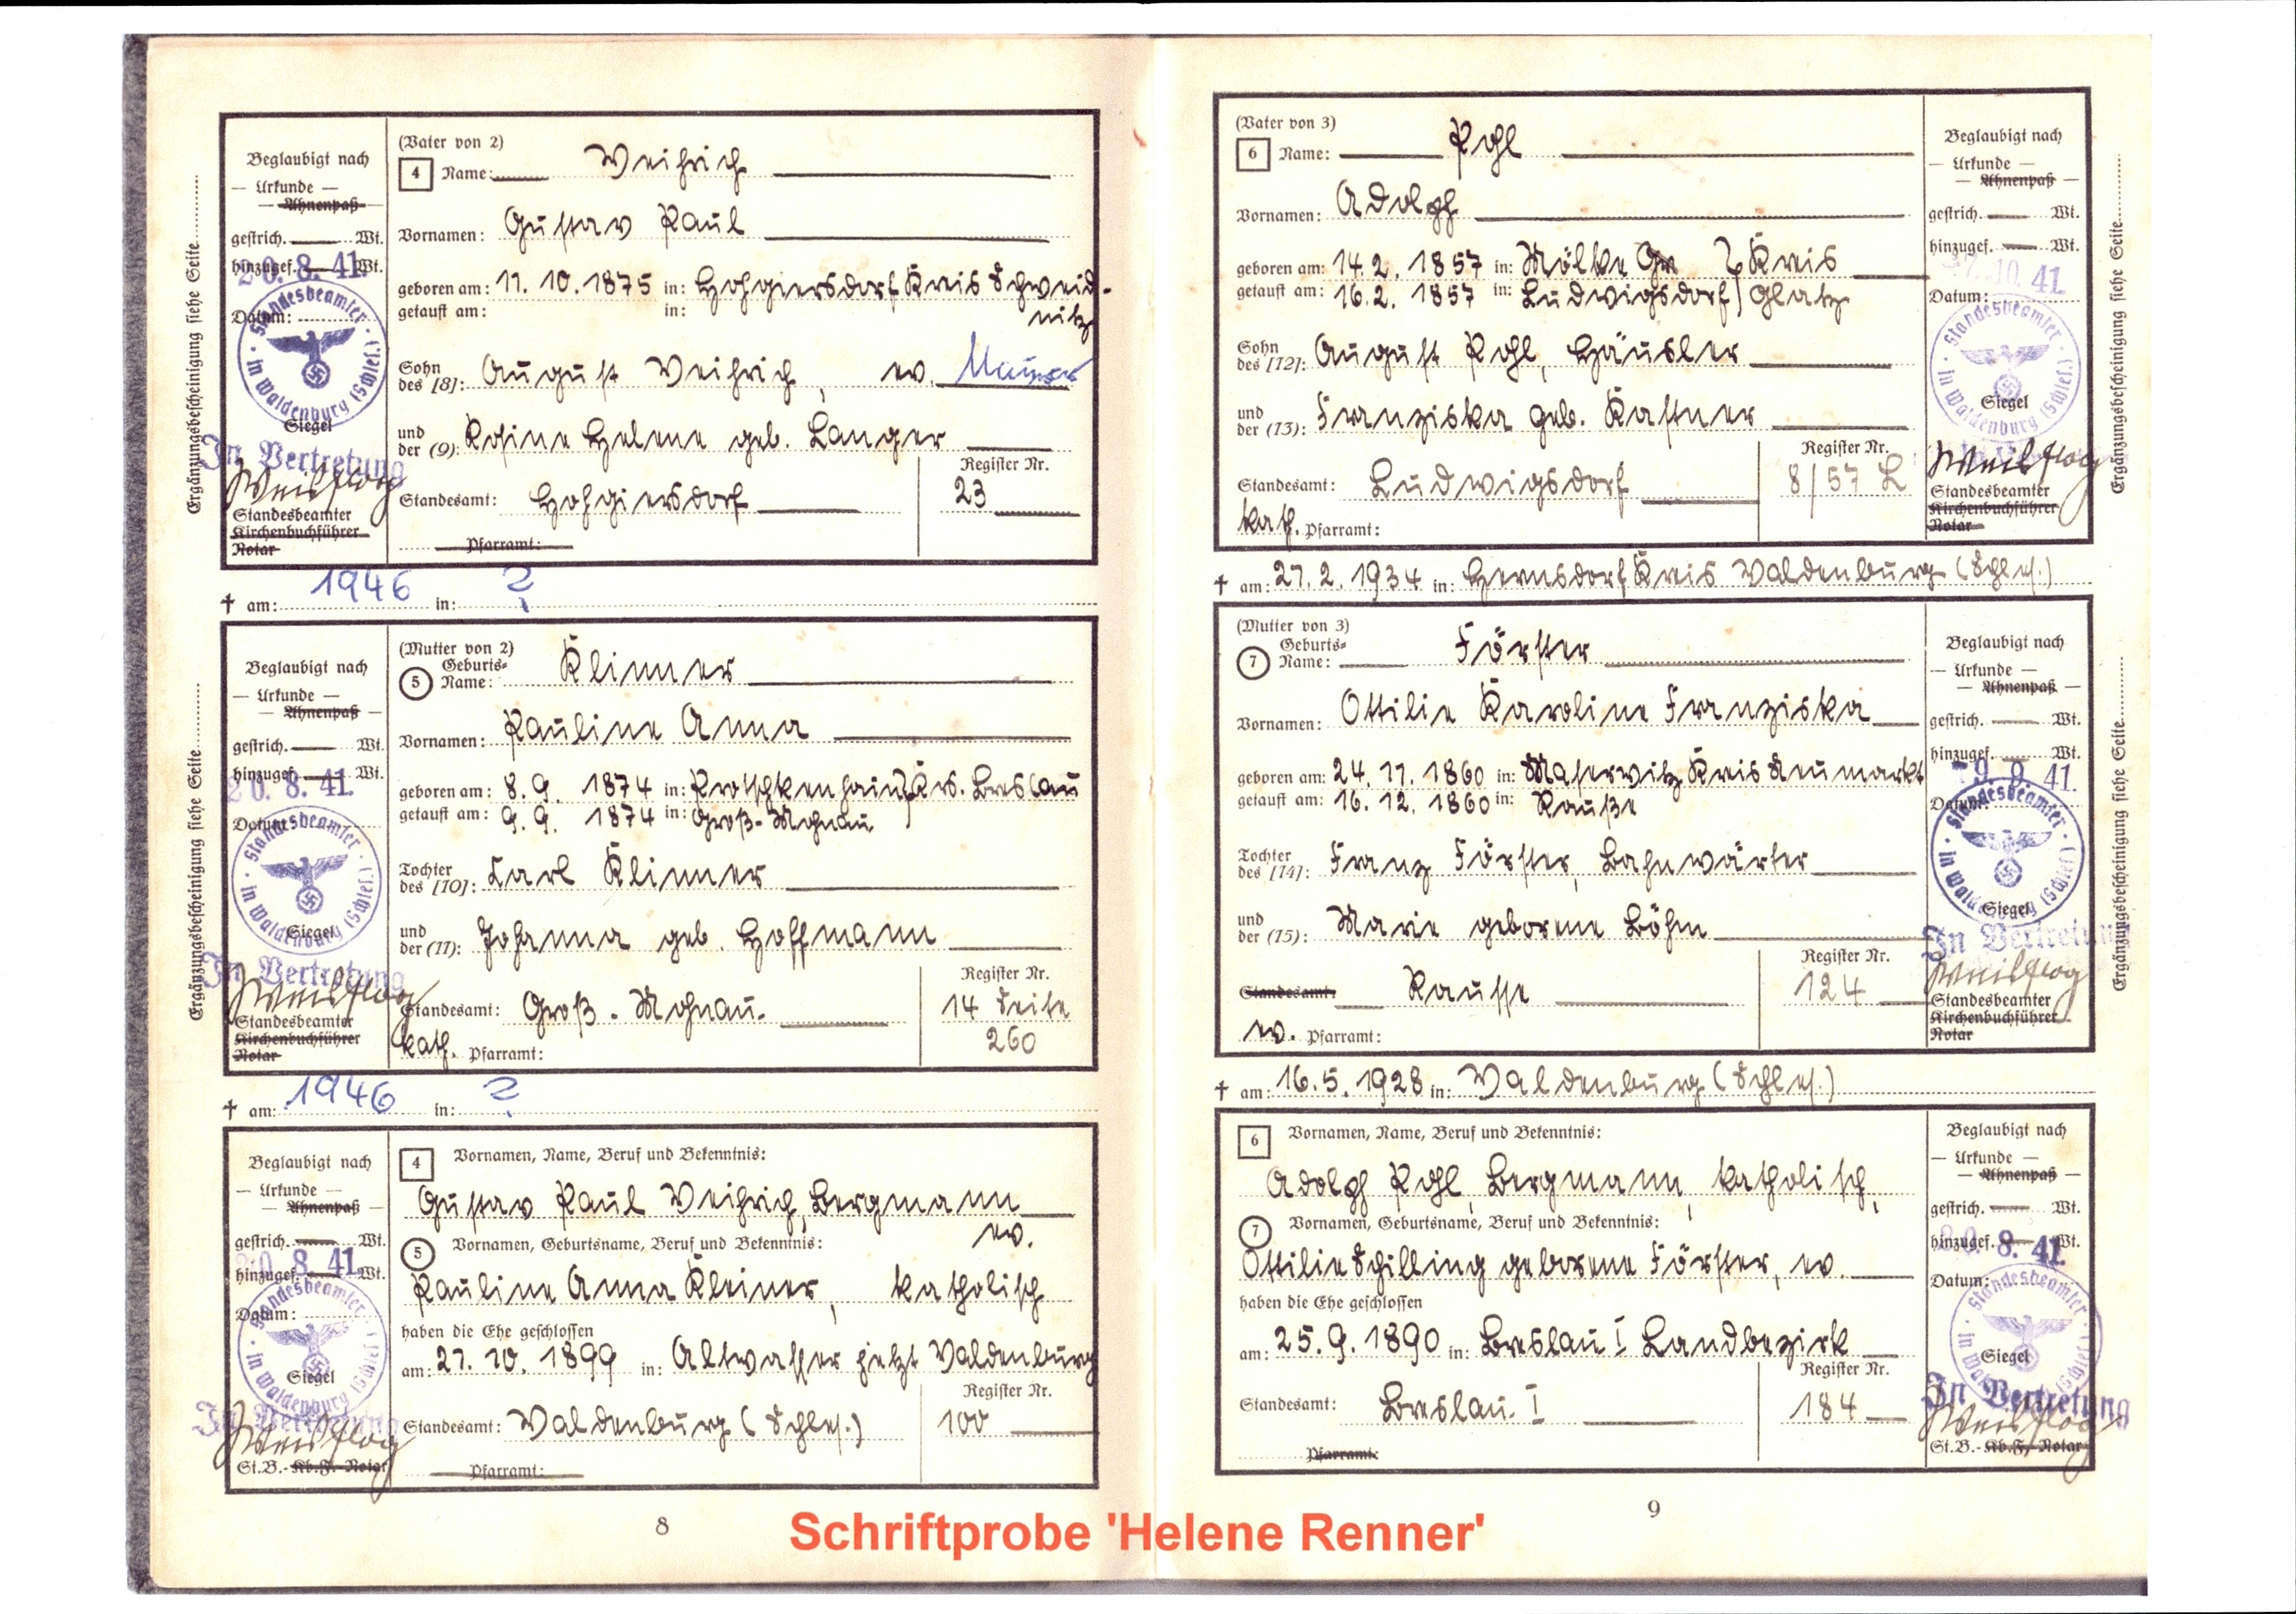
Weihrich
Gustav Paul
19.10.1875 in Hohgiersdorf Kreis Schweidnitz
August Weihrich ev. M
Rosine Helene geb. Langer
Hohgiersdorf		23
Weisflog
+ am: 1946 in: ?
Klinner
Pauline Anna
8.9. 1874 in Protschkenhain } Krs. Breslau
9.9. 1874 in Groß-Mohnau   }
Carl Klinner
Johanna geb. Hoffmann
Groß. Mohnau.
14 Seite
260
kath.
Weisflog
+ am: 1946 in: ?
Gustav Paul Weihrig, Bergmann
ev.
Pauline Anna Kleiner, katholisch
21.10.1899 in: Altwasser jetzt Waldenburg
Waldenburg (Schles.) 100
Weisflog
Pohl
Adolph
14.2.1857 in: Mölke Gr       } Kreis
16.2.1857 in: Ludwigsdorf  } Glatz
August Rohl, Häusler
Franziska geb. Kastner
Ludwigsdorf
kath.
8 / 57 L
Weisflog
27.2. 1934 in: Hermsdorf Kreis Waldenburg (Schles.)
Förster
Ottilie Karoline Franziska
24.11. 1860 in: Maserwitz Kreis Neumarkt
16.12. 1860 in: Rauße
Franz Förster, Bahnwärter
Marie geborene Böhm
Rausse  124
ev.
Weisflog
+ am: 16. 5. 1928 in: Waldenburg (Schles.)
Adolph Pohl, Bergmann, katholisch,
Ottilie Schilling geborene Förster, ev.
25.9.1890 in Breslau I Landbezirk
Breslau. I  184
Weisflog